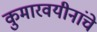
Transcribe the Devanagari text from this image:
कुमारवयीनांचे